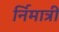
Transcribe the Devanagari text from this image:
र्निमात्री